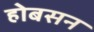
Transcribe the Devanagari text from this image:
होबसन